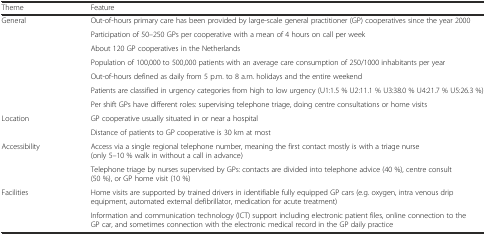
| Theme | Feature |
 | --- | --- |
 | General | Out-of-hours primary care has been provided by large-scale general practitioner (GP) cooperatives since the year 2000 |
 |  | Participation of 50–250 GPs per cooperative with a mean of 4 hours on call per week |
 |  | About 120 GP cooperatives in the Netherlands |
 |  | Population of 100,000 to 500,000 patients with an average care consumption of 250/1000 inhabitants per year |
 |  | Out-of-hours defined as daily from 5 p.m. to 8 a.m. holidays and the entire weekend |
 |  | Patients are classified in urgency categories from high to low urgency (U1:1.5 % U2:11.1 % U3:38.0 % U4:21.7 % U5:26.3 %) |
 |  | Per shift GPs have different roles: supervising telephone triage, doing centre consultations or home visits |
 | Location | GP cooperative usually situated in or near a hospital |
 |  | Distance of patients to GP cooperative is 30 km at most |
 | Accessibility | Access via a single regional telephone number, meaning the first contact mostly is with a triage nurse (only 5–10 % walk in without a call in advance) |
 |  | Telephone triage by nurses supervised by GPs: contacts are divided into telephone advice (40 %), centre consult (50 %), or GP home visit (10 %) |
 | Facilities | Home visits are supported by trained drivers in identifiable fully equipped GP cars (e.g. oxygen, intra venous drip equipment, automated external defibrillator, medication for acute treatment) |
 |  | Information and communication technology (ICT) support including electronic patient files, online connection to the GP car, and sometimes connection with the electronic medical record in the GP daily practice |